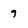
Character: 9